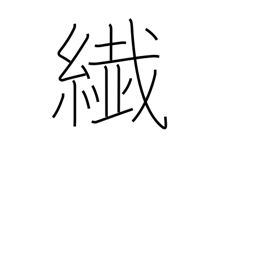
Meaning: thin kimono